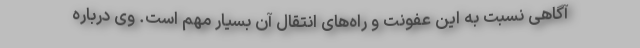
آگاهی نسبت به این عفونت و راه‌های انتقال آن بسیار مهم است. وی درباره